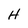
Character: H